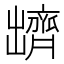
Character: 𪗊